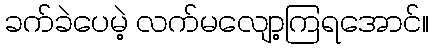
ခက်ခဲပေမဲ့ လက်မလျော့ကြရအောင်။